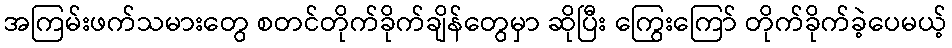
အကြမ်းဖက်သမားတွေ စတင်တိုက်ခိုက်ချိန်တွေမှာ ဆိုပြီး ကြွေးကြော် တိုက်ခိုက်ခဲ့ပေမယ့်